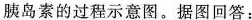
胰岛素的过程示意图。据图回答：